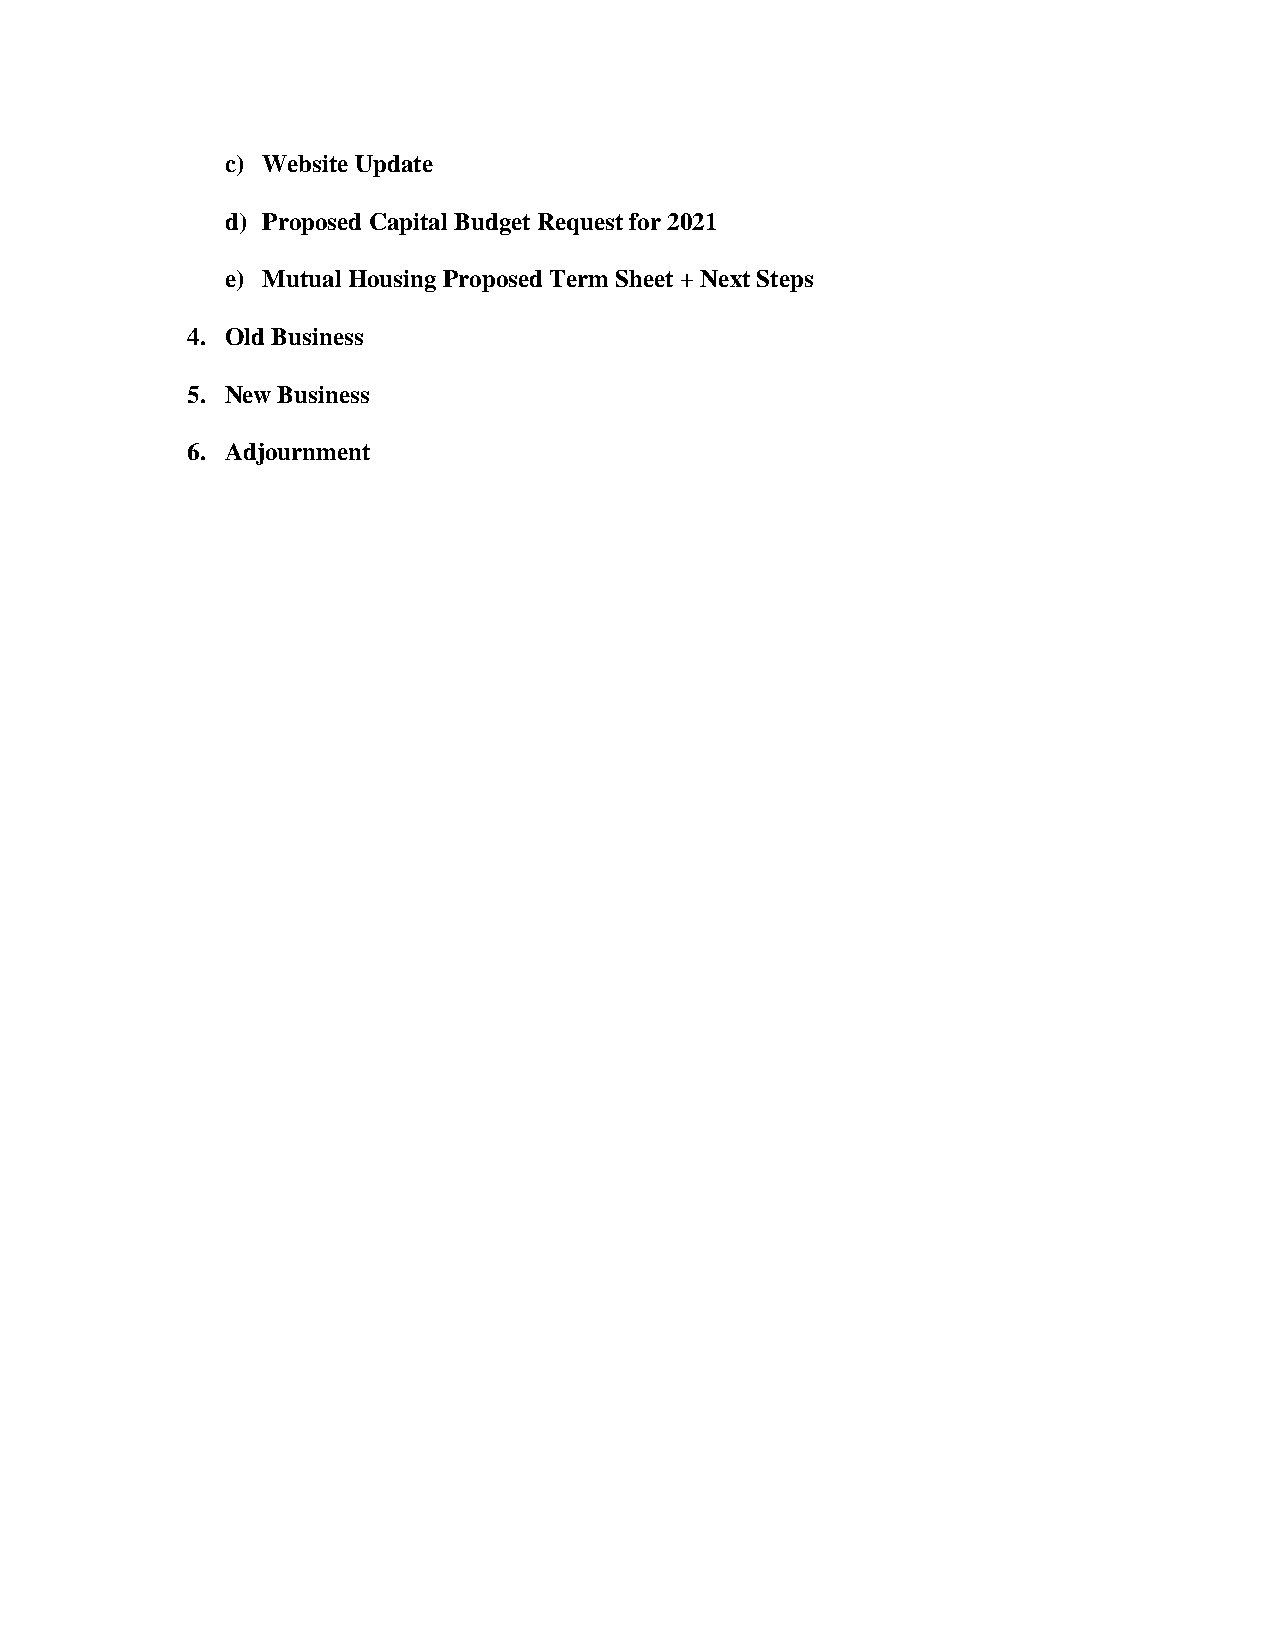
c) Website Update
 d) Proposed Capital Budget Request for 2021
 e) Mutual Housing Proposed Term Sheet + Next Steps
 4. Old Business
 5. New Business
 6. Adjournment